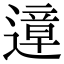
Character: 遧